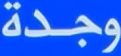
وجدة